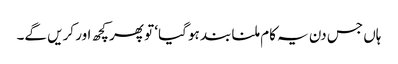
ہاں جس دن یہ کام ملنا بند ہو گیا‘ تو پھر کچھ اور کریں گے۔